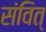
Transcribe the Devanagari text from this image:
संवित्